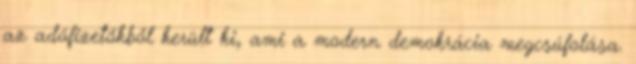
az adófizetőkből került ki, ami a modern demokrácia megcsúfolása.